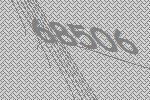
68506